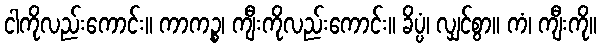
ငါကိုလည်းကောင်း။ ကာကဉ္စ၊ ကျီးကိုလည်းကောင်း။ ခိပ္ပံ၊ လျှင်စွာ။ ကံ၊ ကျီးကို။